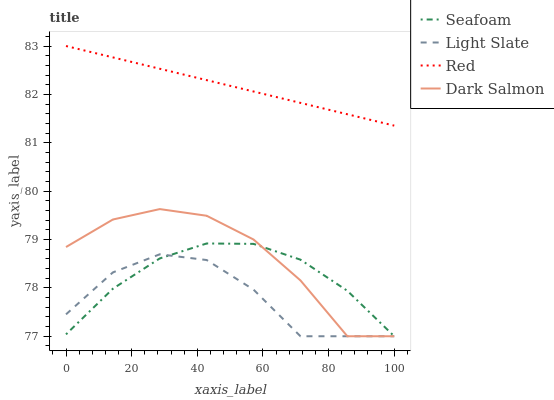
| xaxis_label | Seafoam | Light Slate | Red | Dark Salmon |
 | --- | --- | --- | --- | --- |
 | 0 | 77 | 77.5 | 83 | 78.8 |
 | 14.3 | 78 | 78.3 | 82.8 | 79.4 |
 | 28.6 | 78.6 | 78.7 | 82.5 | 79.6 |
 | 42.9 | 78.9 | 78.6 | 82.3 | 79.5 |
 | 57.1 | 78.9 | 78 | 82.1 | 79 |
 | 71.4 | 78.6 | 77 | 81.8 | 78.2 |
 | 85.7 | 77.9 | 77 | 81.6 | 77 |
 | 100 | 77 | 77 | 81.4 | 77 |